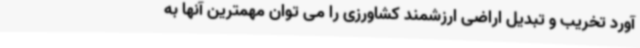
آورد تخریب و تبدیل اراضی ارزشمند کشاورزی را می توان مهمترین آنها به